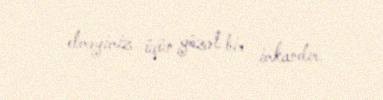
etməyimiz üçün gözəl bir imkandır.